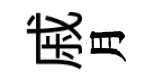
戚月